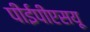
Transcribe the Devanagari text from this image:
पीईपीएसयू